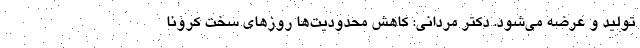
تولید و عرضه می‌شود. دکتر مردانی: کاهش محدودیت‌ها روزهای سخت کرونا